Lunatic asylums Central Provinces reports 1886-1894 - 1886-1894
Year: 1886
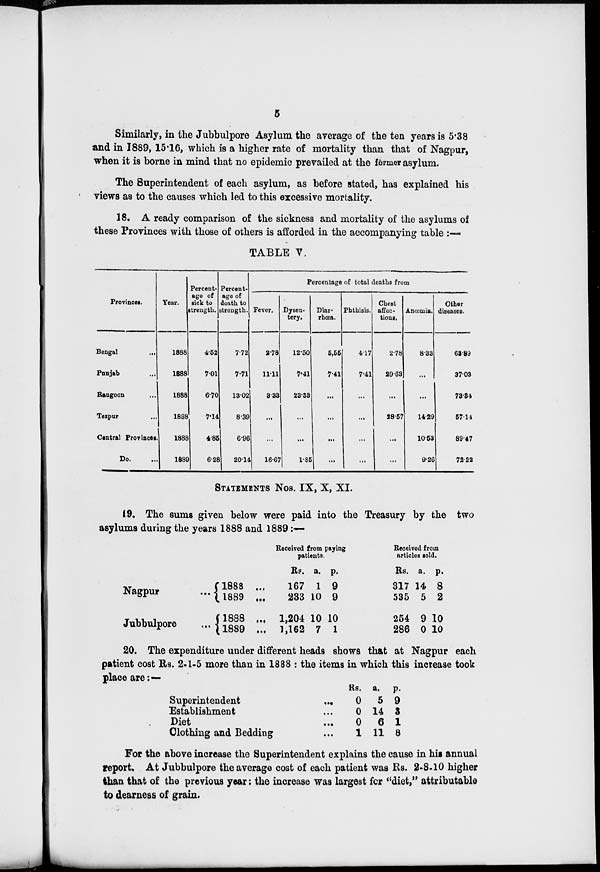
5
Similarly, in the Jubbulpore Asylum the average of the ten years is 5.38
and in 1889, 15.16, which is a higher rate of mortality than that of Nagpur,
when it is borne in mind that no epidemic prevailed at the former asylum.
The Superintendent of each asylum, as before stated, has explained his
views as to the causes which led to this excessive mortality.
18. A ready comparison of the sickness and mortality of the asylums of
these Provinces with those of others is afforded in the accompanying table :—
TABLE V.
Provinces.
Bengal ...
Punjab ...
Rangoon ...
Tezpur ...
Central Provinces.
Do. ...
Year.
1888
1888
1888
1888
1888
1889
Percent-
age of
sick to
strength.
4.52
7.01
6.70
7.14
4.85
6.28
Percent-
age of
death to
strength.
7.72
7.71
13.02
8.39
6.96
20.14
Percentage of total deaths from
Fever.
2.78
11.11
3.33
...
...
16.67
Dysen-
tery.
12.50
7.41
23.33
...
...
1.85
Diar-
rhœa.
5.55
7.41
...
...
...
...
Phthisis.
4.17
7.41
...
...
...
...
Chest
affec-
tions.
2.78
29.63
...
28.57
...
...
Anœmia.
8.33
...
...
14.29
10.53
9.26
Other
diseases.
63.89
37.03
73.34
57.14
89.47
72.22
STATEMENTS Nos. IX, X, XI.
19. The sums given below were paid into the Treasury by the two
asylums during the years 1888 and 1889 :—
Nagpur ...
Jubbulpore ...
1888 ...
1889 ...
1888 ...
1889 ...
Received from paying
patients.
Rs.
167
233
1,204
1,162
a.
1
10
10
7
p.
9
9
10
1
Received from
articles sold.
Rs.
317
535
254
286
a.
14
5
9
0
p.
8
2
10
10
20. The expenditure under different heads shows that at Nagpur each
patient cost Rs. 2-1-5 more than in 1888 : the items in which this increase took
place are :—
Superintendent
...
Establishment ...
Diet ...
Clothing and Bedding ...
Rs.
0
0
0
1
a.
5
14
6
11
p.
9
3
1
8
For the above increase the Superintendent explains the cause in his annual
report. At Jubbulpore the average cost of each patient was Rs. 2-8-10 higher
than that of the previous year: the increase was largest for "diet," attributable
to dearness of grain.